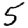
Digit: 5